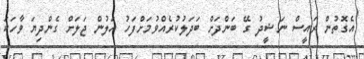
އެގޮތުން ރައީސް ނަޝީދު ގޭ ބަންދަށް ބަދަލުކުރެއްވުމަށްފަހު އަލުން ޖަލަށް ގެންދިޔަ ވާހަކަ